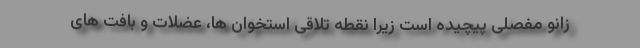
زانو مفصلی پیچیده است زیرا نقطه تلاقی استخوان ها، عضلات و بافت های